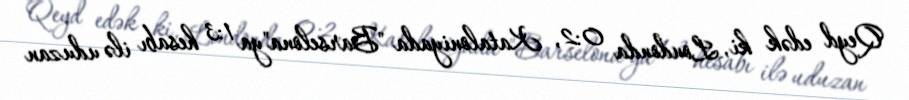
Qeyd edək ki, Londonda 0:2, Kataloniyada "Barselona"ya 1:3 hesabı ilə uduzan